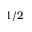
1 / 2